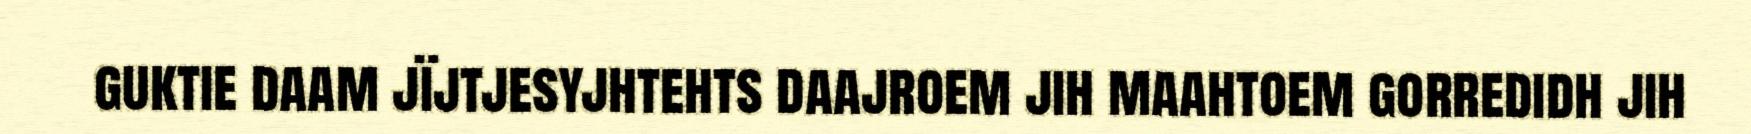
guktie daam jïjtjesyjhtehts daajroem jih maahtoem gorredidh jih